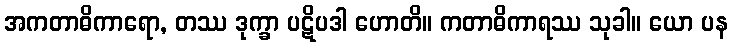
အကတာဓိကာရော, တဿ ဒုက္ခာ ပဋိပဒါ ဟောတိ။ ကတာဓိကာရဿ သုခါ။ ယော ပန